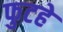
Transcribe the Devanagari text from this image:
फुटहे